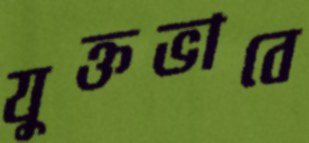
যুক্তভাবে